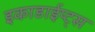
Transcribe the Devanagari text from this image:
इकाडाईप्ट्स